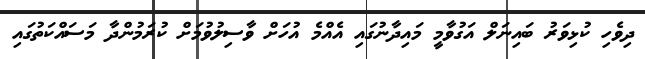
ދިވެހި ކުޅިވަރު ބައިނަލް އަގުވާމީ މައިދާނުގައި އެއްމެ އުހަށް ވާސިލުވުމަށް ކުރަމުންދާ މަސައްކަތުގައި